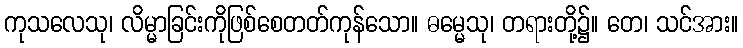
ကုသလေသု၊ လိမ္မာခြင်းကိုဖြစ်စေတတ်ကုန်သော။ ဓမ္မေသု၊ တရားတို့၌။ တေ၊ သင်အား။